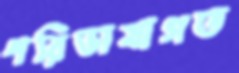
পরিভাষাগত